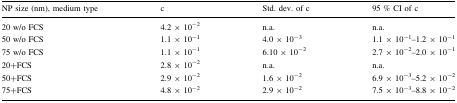
<table><thead><tr><td><b>NP size (nm), medium type</b></td><td><b>c</b></td><td><b>Std. dev. of c</b></td><td><b>95 % CI of c</b></td></tr></thead><tbody><tr><td>20 w/o FCS</td><td>4.2 × 10<sup>−2</sup></td><td>n.a.</td><td>n.a.</td></tr><tr><td>50 w/o FCS</td><td>1.1 × 10<sup>−1</sup></td><td>4.0 × 10<sup>−3</sup></td><td>1.1 × 10<sup>−1</sup>–1.2 × 10<sup>−1</sup></td></tr><tr><td>75 w/o FCS</td><td>1.1 × 10<sup>−1</sup></td><td>6.10 × 10<sup>−2</sup></td><td>2.7 × 10<sup>−2</sup>–2.0 × 10<sup>−1</sup></td></tr><tr><td>20+FCS</td><td>2.8 × 10<sup>−2</sup></td><td>n.a.</td><td>n.a.</td></tr><tr><td>50+FCS</td><td>2.9 × 10<sup>−2</sup></td><td>1.6 × 10<sup>−2</sup></td><td>6.9 × 10<sup>−3</sup>–5.2 × 10<sup>−2</sup></td></tr><tr><td>75+FCS</td><td>4.8 × 10<sup>−2</sup></td><td>2.9 × 10<sup>−2</sup></td><td>7.5 × 10<sup>−3</sup>–8.8 × 10<sup>−2</sup></td></tr></tbody></table>